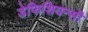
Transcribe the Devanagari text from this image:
डेफिशियन्सी